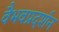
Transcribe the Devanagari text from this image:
वैभवप्रदर्शन